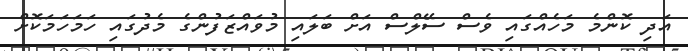
އަދި ކޮންމެ މަހެއްގައި ވެސް ސޭލްސް އަށް ބަލައި މުވައްޒަފުންގެ މެދުގައި ހަމަހަމަކޮށް